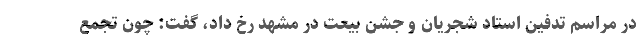
در مراسم تدفین استاد شجریان و جشن بیعت در مشهد رخ داد، گفت: چون تجمع